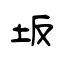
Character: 坂